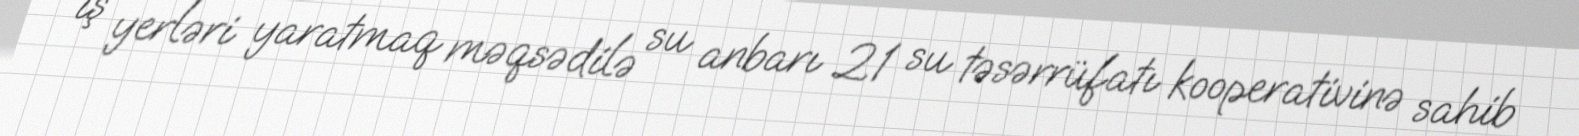
iş yerləri yaratmaq məqsədilə su anbarı 21 su təsərrüfatı kooperativinə sahib